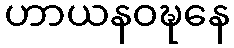
ဟာယနဝဍ္ဎနေ